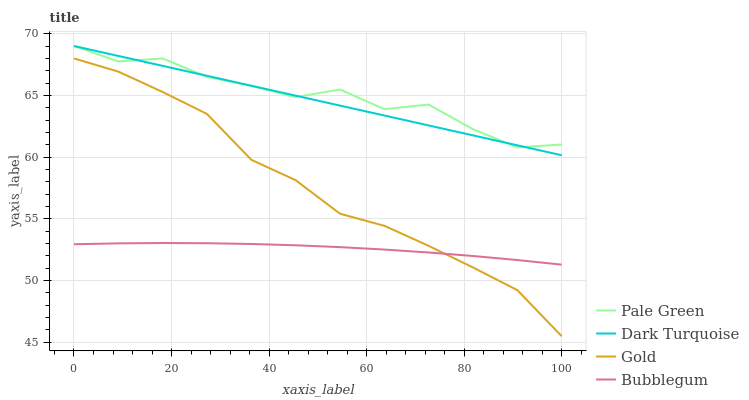
| xaxis_label | Pale Green | Dark Turquoise | Gold | Bubblegum |
 | --- | --- | --- | --- | --- |
 | 0 | 69 | 69 | 68 | 52.9 |
 | 9.09 | 67.8 | 68.2 | 66.9 | 53 |
 | 18.2 | 68 | 67.4 | 65.3 | 53 |
 | 27.3 | 66.5 | 66.6 | 63.5 | 53 |
 | 36.4 | 65.8 | 65.8 | 59.8 | 53 |
 | 45.5 | 64.9 | 65 | 58.1 | 52.9 |
 | 54.5 | 65.5 | 64.2 | 55.4 | 52.7 |
 | 63.6 | 63.9 | 63.4 | 54.4 | 52.5 |
 | 72.7 | 64.3 | 62.6 | 52.8 | 52.3 |
 | 81.8 | 62.3 | 61.8 | 51.1 | 52 |
 | 90.9 | 60.8 | 61 | 49.2 | 51.7 |
 | 100 | 61 | 60.1 | 45.5 | 51.3 |